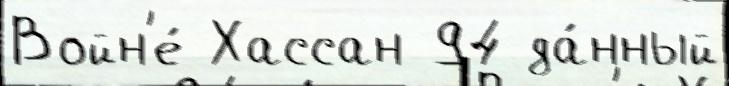
Войн'е́ Хассан 94 да́нный